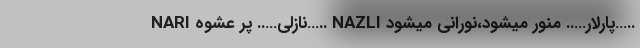
NARI نازلی….. پر عشوه….. NAZLI پارلار….. منور میشود،نورانی میشود…..